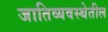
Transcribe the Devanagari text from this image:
जातिव्यवस्थेतील